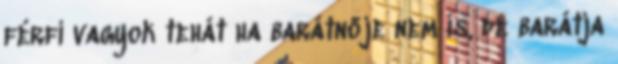
férfi vagyok tehát ha barátnője nem is, de barátja